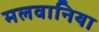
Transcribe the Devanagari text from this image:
मलवानिया